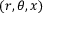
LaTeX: ( r , \theta , x )